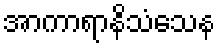
အာကာရာနိသံသေန